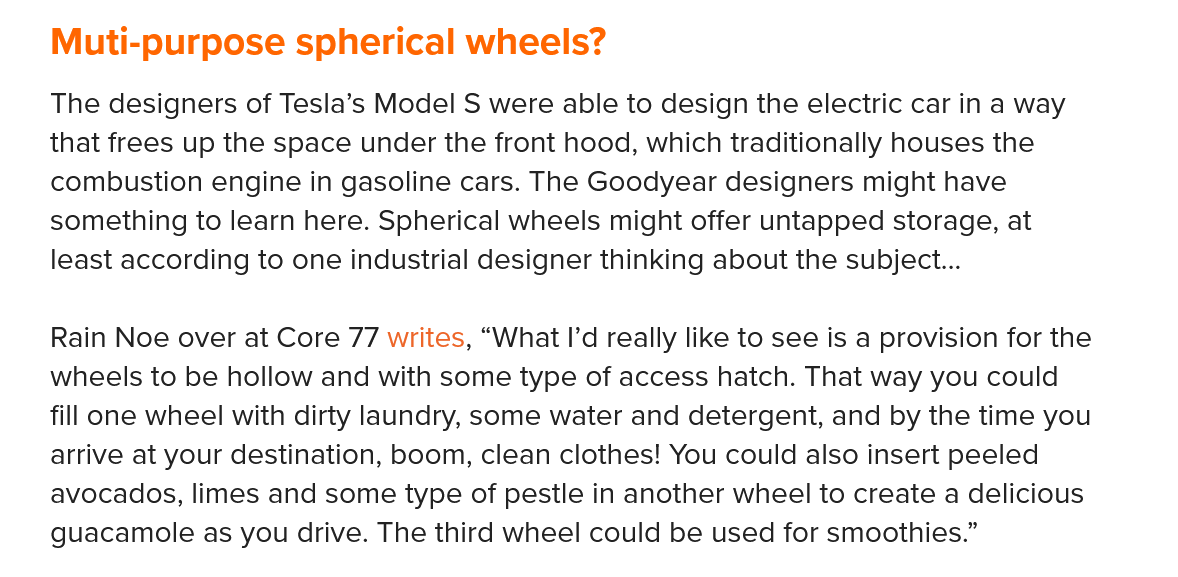
Muti-purpose    spherical  wheels?
    The designers of Tesla’s Model S were able to design the electric car in a way
    that frees up the space under the front hood, which traditionally houses the
    combustion engine in gasoline cars. The Goodyear designers might have
    something to learn here. Spherical wheels might offer untapped storage, at
    least according to one industrial designer thinking about the subject...
    Rain Noe over at Core 77 writes, “What I’d really like to see is a provision for the
    wheels to be hollow and with some type of access hatch. That way you could
    fill one wheel with dirty laundry, some water and detergent, and by the time you
    arrive at your destination, boom, clean clothes! You could also insert peeled
    avocados, limes and some type of pestle in another wheel to create a delicious
    guacamole as you drive. The third wheel could be used for smoothies.”